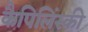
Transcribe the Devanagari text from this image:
कैपिलिंस्की